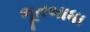
ભૂતબાધા